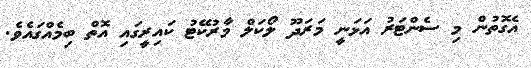
އެގޮތުން މި ސެންޓަރުު އަޅަނީ މަރަދޫ ލޯކަލް މާރުކޭޓު ކައިރީގައި އޮތް ބިމެއްގައެވެ.